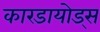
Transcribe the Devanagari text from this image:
कारडायोड्स